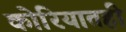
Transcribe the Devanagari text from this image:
कोरियातही